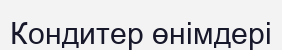
Кондитер өнімдері